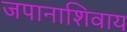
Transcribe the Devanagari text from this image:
जपानाशिवाय